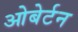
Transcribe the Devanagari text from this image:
ओबेर्टन